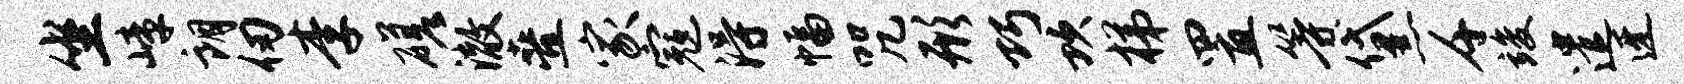
坐嶂朗仞李磋澈叠家寇得幅咒形巧坎梯置等黛千竣遣迓